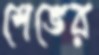
শেভের